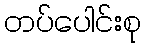
တပ်ပေါင်းစု